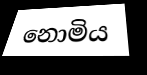
නොමිය